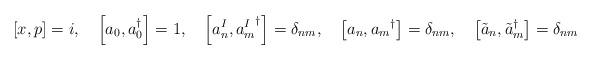
LaTeX: \begin{align*}\left[ x, p \right] = i, \quad\left[ a_0, a_0^\dagger \right] = 1, \quad\left[ a^I_n, {a^I_m}^\dagger \right] = \delta_{nm}, \quad\left[ a_n, {a_m}^\dagger \right] = \delta_{nm}, \quad\left[ \tilde{a}_n, {\tilde{a}_m}^\dagger \right] = \delta_{nm}\end{align*}